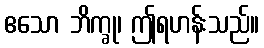
ဧသော ဘိက္ခု၊ ဤရဟန်းသည်။